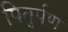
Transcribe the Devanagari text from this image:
पितृर्पण